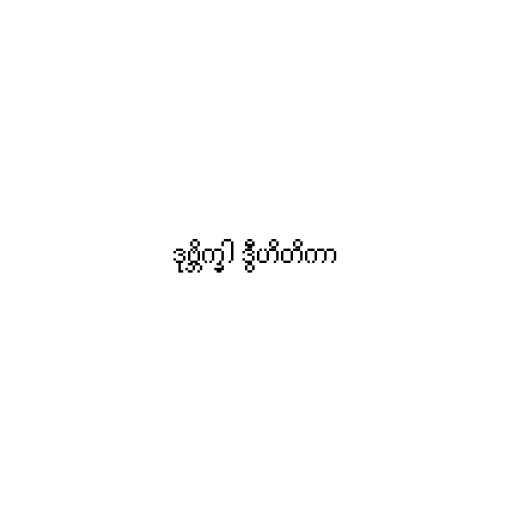
ဒုဗ္ဘိက္ခါ ဒွီဟိတိကာ